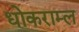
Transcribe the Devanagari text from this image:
धोकराम्ल